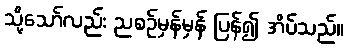
သို့သော်လည်း ညစဉ်မှန်မှန် ပြန်၍ အိပ်သည်။